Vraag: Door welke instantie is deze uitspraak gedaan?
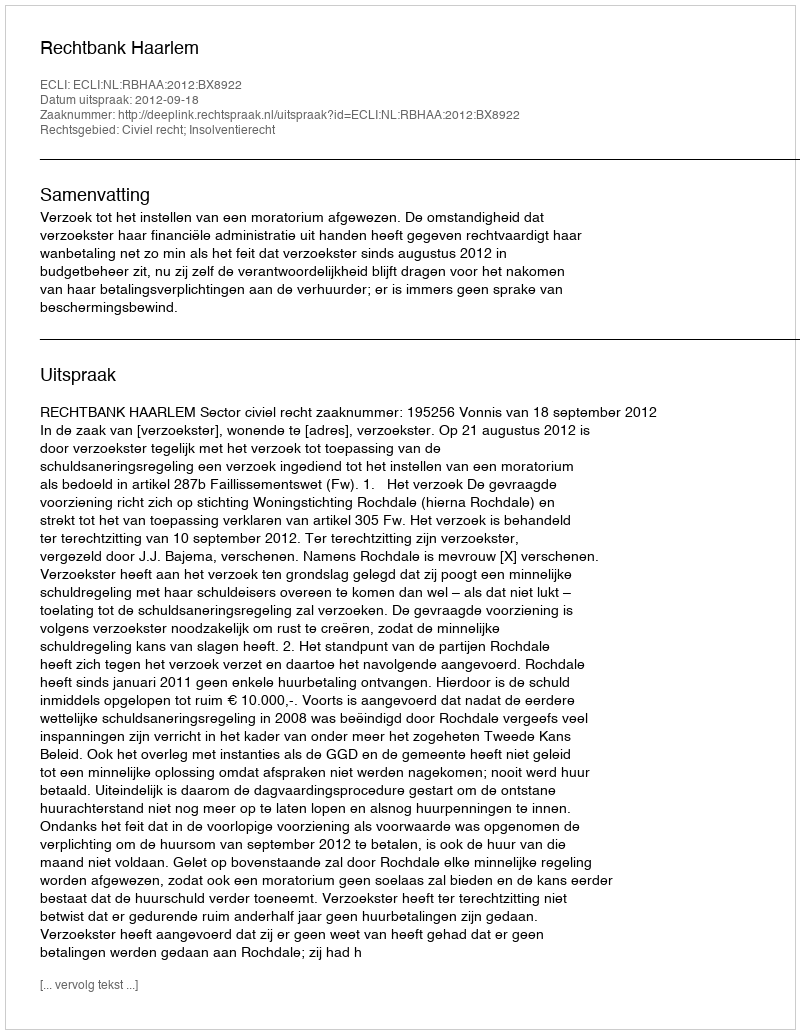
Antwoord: Rechtbank Haarlem